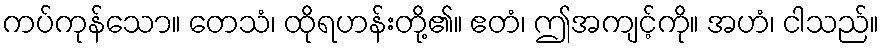
ကပ်ကုန်သော။ တေသံ၊ ထိုရဟန်းတို့၏။ ဧတံ၊ ဤအကျင့်ကို။ အဟံ၊ ငါသည်။